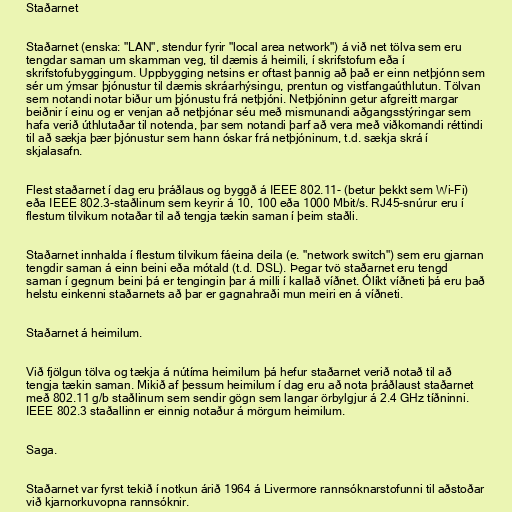
Staðarnet

Staðarnet (enska: "LAN", stendur fyrir "local area network") á við net tölva sem eru
tengdar saman um skamman veg, til dæmis á heimili, í skrifstofum eða í
skrifstofubyggingum. Uppbygging netsins er oftast þannig að það er einn netþjónn sem
sér um ýmsar þjónustur til dæmis skráarhýsingu, prentun og vistfangaúthlutun. Tölvan
sem notandi notar biður um þjónustu frá netþjóni. Netþjóninn getur afgreitt margar
beiðnir í einu og er venjan að netþjónar séu með mismunandi aðgangsstýringar sem
hafa verið úthlutaðar til notenda, þar sem notandi þarf að vera með viðkomandi réttindi
til að sækja þær þjónustur sem hann óskar frá netþjóninum, t.d. sækja skrá í
skjalasafn.

Flest staðarnet í dag eru þráðlaus og byggð á IEEE 802.11- (betur þekkt sem Wi-Fi)
eða IEEE 802.3-staðlinum sem keyrir á 10, 100 eða 1000 Mbit/s. RJ45-snúrur eru í
flestum tilvikum notaðar til að tengja tækin saman í þeim staðli.

Staðarnet innhalda í flestum tilvikum fáeina deila (e. "network switch") sem eru gjarnan
tengdir saman á einn beini eða mótald (t.d. DSL). Þegar tvö staðarnet eru tengd
saman í gegnum beini þá er tengingin þar á milli í kallað víðnet. Ólíkt víðneti þá eru það
helstu einkenni staðarnets að þar er gagnahraði mun meiri en á víðneti.

Staðarnet á heimilum.

Við fjölgun tölva og tækja á nútíma heimilum þá hefur staðarnet verið notað til að
tengja tækin saman. Mikið af þessum heimilum í dag eru að nota þráðlaust staðarnet
með 802.11 g/b staðlinum sem sendir gögn sem langar örbylgjur á 2.4 GHz tíðninni.
IEEE 802.3 staðallinn er einnig notaður á mörgum heimilum.

Saga.

Staðarnet var fyrst tekið í notkun árið 1964 á Livermore rannsóknarstofunni til aðstoðar
við kjarnorkuvopna rannsóknir.